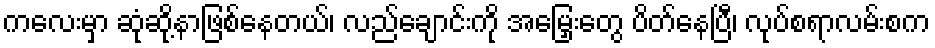
ကလေးမှာ ဆုံဆို့နာဖြစ်နေတယ်၊ လည်ချောင်းကို အမြှေးတွေ ပိတ်နေပြီ၊ လုပ်စရာလမ်းစက